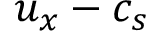
u _ { x } - c _ { s }